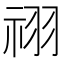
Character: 祤